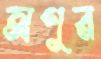
অণুর